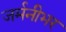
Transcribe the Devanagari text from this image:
जर्मनीभर